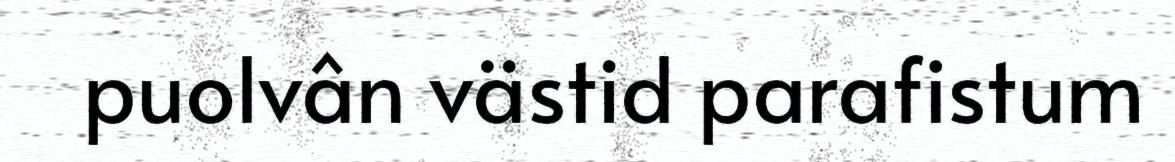
puolvân västid parafistum